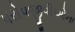
પરોપજીવીઓના